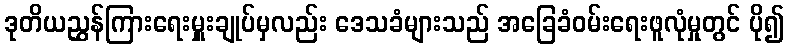
ဒုတိယညွှန်ကြားရေးမှူးချုပ်မှလည်း ဒေသခံများသည် အခြေခံဝမ်းရေးဖူလုံမှုတွင် ပို၍